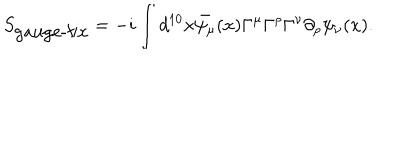
S _ { \mathrm { g a u g e - f i x } } = - i \int d ^ { 1 0 } x \bar { \psi _ { \mu } } ( x ) \Gamma ^ { \mu } \Gamma ^ { \rho } \Gamma ^ { \nu } \partial _ { \rho } \psi _ { \nu } ( x ) .